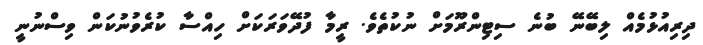
ދިރިއުޅުމެއް ލިބޭނޭ ބުނެ ސިޓިންރޫމަށް ނުކުތެވެ. ރީމާ ފުދޭވަރަކަށް ހިއްސާ ކުރެވުނުކަން ވިސްނުނީ